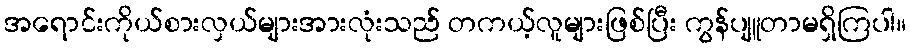
အရောင်းကိုယ်စားလှယ်များအားလုံးသည် တကယ့်လူများဖြစ်ပြီး ကွန်ပျူတာမရှိကြပါ။